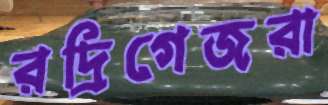
রদ্রিগেজরা